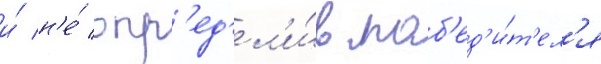
и́ н'е́ опр'ед'ел'и́в поб'ед'и́т'ел'я